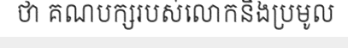
ថា គណបក្សរបស់លោកនឹងប្រមូល